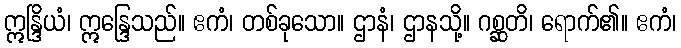
ဣန္ဒြိယံ၊ ဣန္ဒြေသည်။ ဧကံ၊ တစ်ခုသော။ ဌာနံ၊ ဌာနသို့။ ဂစ္ဆတိ၊ ရောက်၏။ ဧကံ၊